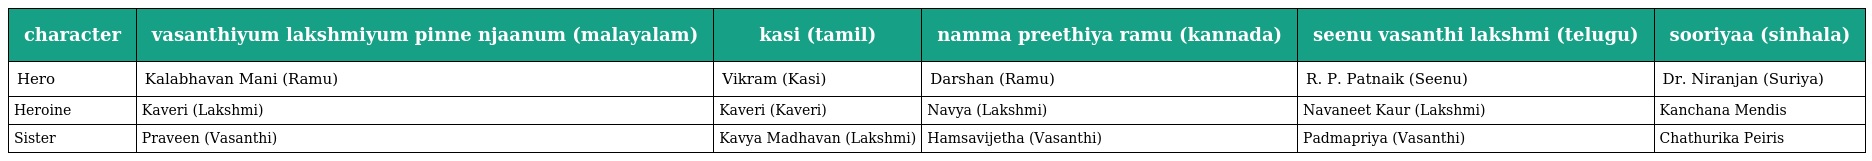
| character | vasanthiyum lakshmiyum pinne njaanum (malayalam) | kasi (tamil) | namma preethiya ramu (kannada) | seenu vasanthi lakshmi (telugu) | sooriyaa (sinhala) |
 | --- | --- | --- | --- | --- | --- |
 | Hero | Kalabhavan Mani (Ramu) | Vikram (Kasi) | Darshan (Ramu) | R. P. Patnaik (Seenu) | Dr. Niranjan (Suriya) |
 | Heroine | Kaveri (Lakshmi) | Kaveri (Kaveri) | Navya (Lakshmi) | Navaneet Kaur (Lakshmi) | Kanchana Mendis |
 | Sister | Praveen (Vasanthi) | Kavya Madhavan (Lakshmi) | Hamsavijetha (Vasanthi) | Padmapriya (Vasanthi) | Chathurika Peiris |